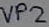
Text: VP2